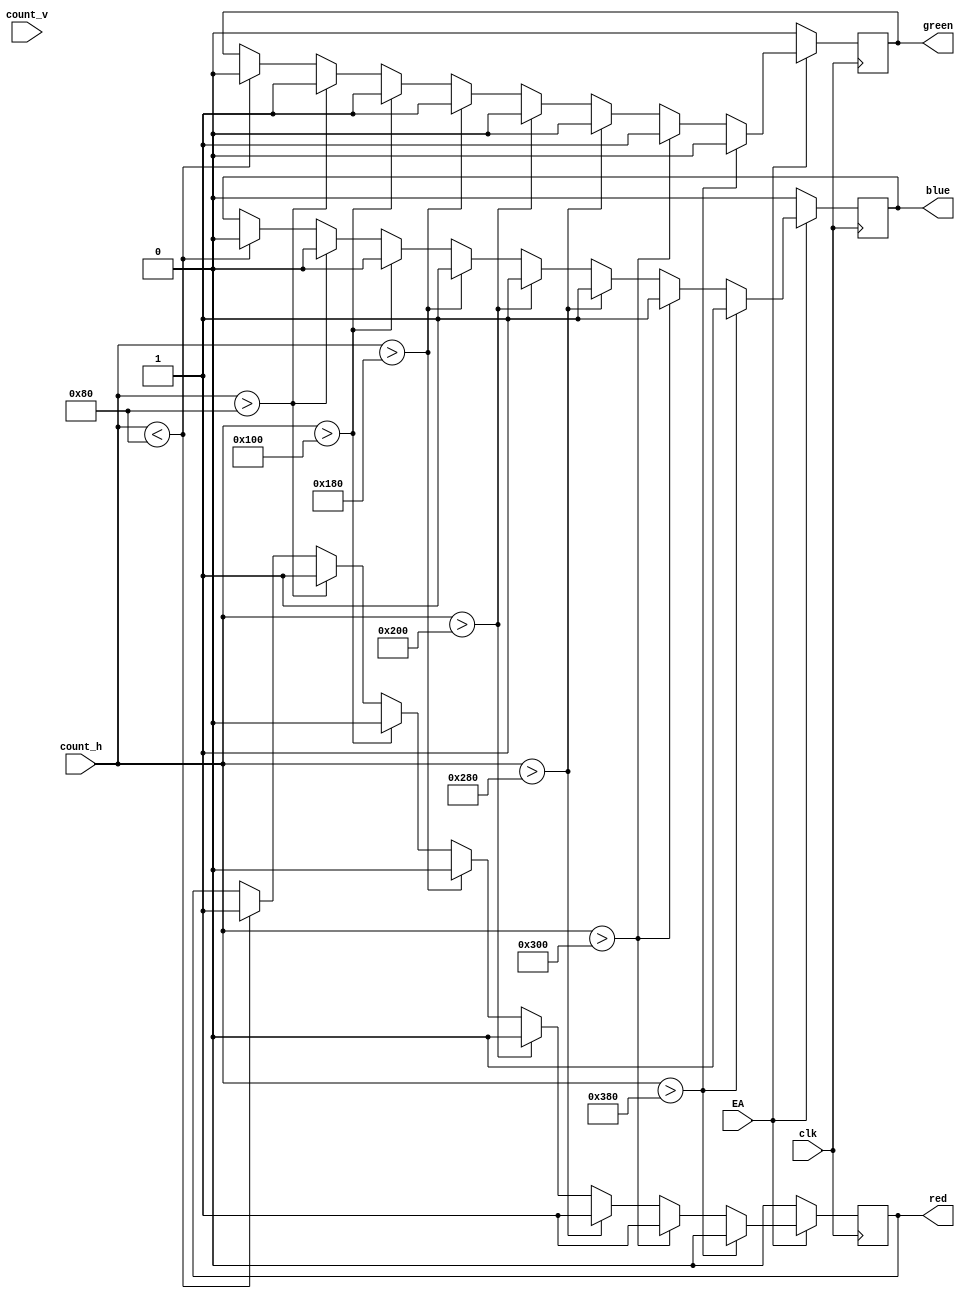
module bit_stream
(input clk, EA,
input [10:0] count_h, count_v,
output red,green,blue);

reg r=0;
reg g=0;
reg b=0;

assign red = r;
assign green = g;
assign blue = b;

always @ (posedge clk)
begin
if(EA) begin
if (count_h < 128)
// 
begin
r = 1;
b = 0;
g = 0;
end

//
if (count_h > 128)
begin
r = 1;
b = 0;
g = 1;
end

//
if (count_h > 256)
begin
r = 0;
b = 0;
g = 1;
end
//
if (count_h > 384)
begin
r = 0;
b = 1;
g = 1;
end
// 
if (count_h > 512)
begin
r = 0;
b = 1;
g = 0;
end

//
if (count_h > 640)
begin
r = 1;
b = 1;
g = 0;
end
// 
if (count_h > 768)
begin
r = 1;
b = 1;
g = 1;
end

// 
if (count_h > 896 )
begin
r = 0;
b = 0;
g = 0;
end
end
else begin
r = 0;
b = 0;
g = 0;
end
end 
endmodule